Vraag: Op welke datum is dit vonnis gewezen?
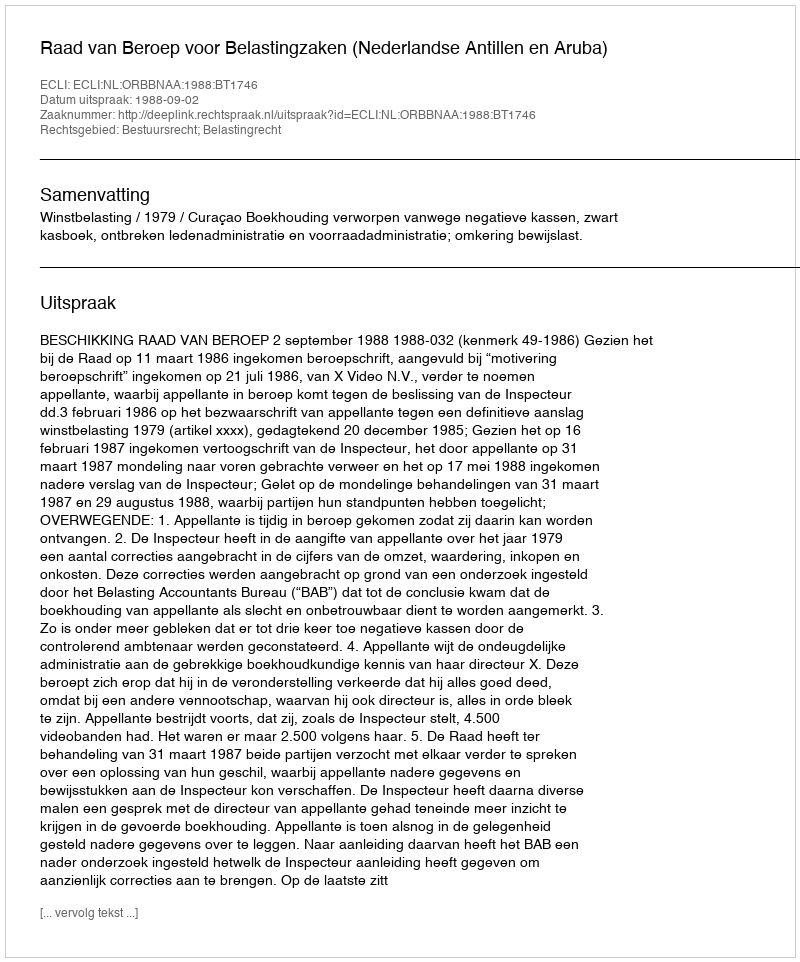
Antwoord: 1988-09-02